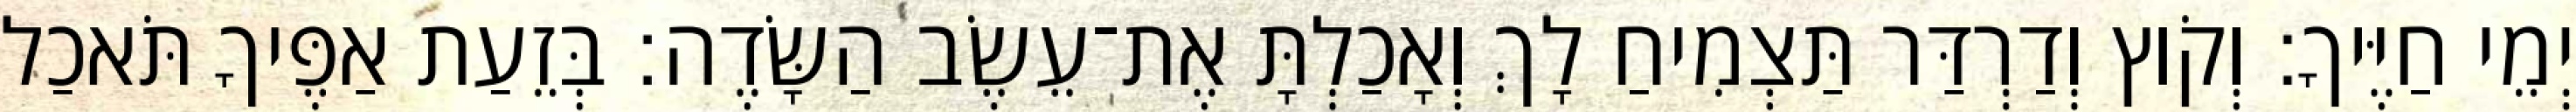
יְמֵי חַיֶּיךָ׃ וְקֹוץ וְדַרְדַּר תַּצְמִיחַ לָךְ וְאָכַלְתָּ אֶת־עֵשֶׂב הַשָּׂדֶה׃ בְּזֵעַת אַפֶּיךָ תֹּאכַל